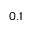
0 . 1